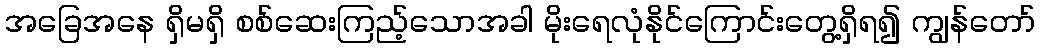
အခြေအနေ ရှိမရှိ စစ်ဆေးကြည့်သောအခါ မိုးရေလုံနိုင်ကြောင်းတွေ့ရှိရ၍ ကျွန်တော်